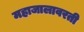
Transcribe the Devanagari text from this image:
महाजालावरती